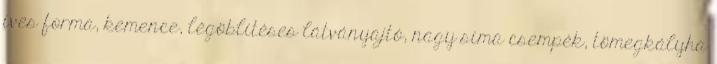
íves forma, kemence, légöblítéses látványajtó, nagy sima csempék, tömegkályha